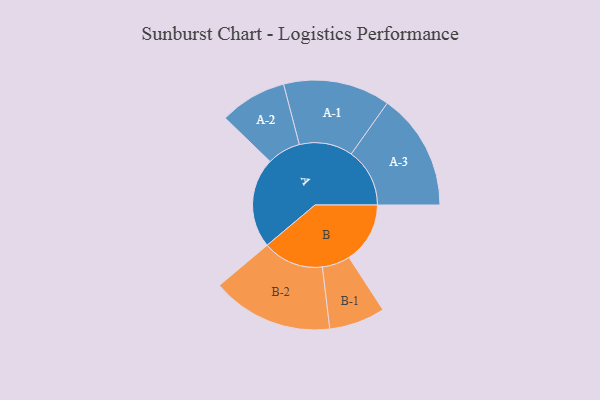
{"axis": {"x": "Segment", "y": "Value"}, "legend": ["", "A", "B"], "data": [{"x": "A", "y": 357, "type": ""}, {"x": "B", "y": 242, "type": ""}, {"x": "A-1", "y": 212, "type": "A"}, {"x": "A-2", "y": 133, "type": "A"}, {"x": "A-3", "y": 232, "type": "A"}, {"x": "B-1", "y": 111, "type": "B"}, {"x": "B-2", "y": 241, "type": "B"}]}